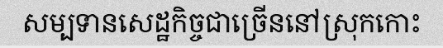
សម្បទានសេដ្ឋកិច្ចជាច្រើននៅស្រុកកោះ